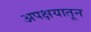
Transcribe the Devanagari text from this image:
अपक्षयातून